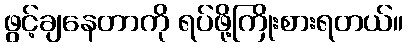
ဖွင့်ချနေတာကို ရပ်ဖို့ကြိုးစားရတယ်။